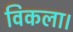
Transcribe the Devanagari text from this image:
विकला।